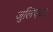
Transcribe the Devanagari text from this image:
जुलिएटा